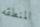
المنطقه